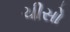
ચીસો